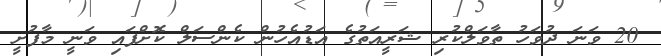
20 ވަނަ ދުވަހު ތާވަލްކުރި ޝަރީއަތުގެ އަޑުއެހުން ކެންސަލް ކޮށްފައި ވަނީ މާފުށީ